Punjab Mental Hospital Lahore 1932-46 - 1932-1946
Year: 1932
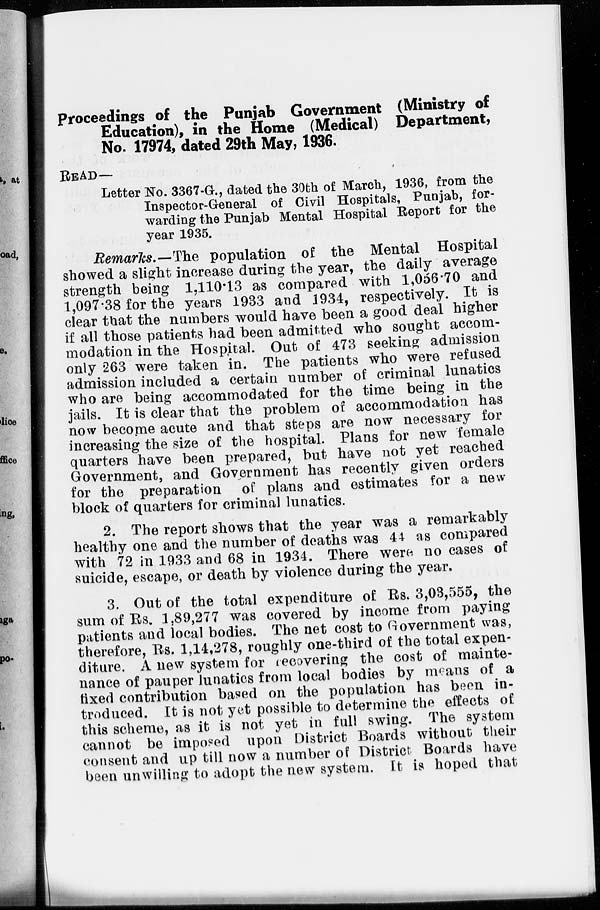
Proceedings of the Punjab Government (Ministry of
Education), in the Home (Medical) Department,
No. 17974, dated 29th May, 1936.
READ—
Letter No. 3367-G., dated the 30th of March, 1936, from the
Inspector-General of Civil Hospitals, Punjab, for-
warding the Punjab Mental Hospital Report for the
year 1935.
Remarks.—The population of the Mental Hospital
showed a slight increase during the year, the daily average
strength being 1,110.13 as compared with 1,056.70 and
1,097.38 for the years 1933 and 1934, respectively. It is
clear that the numbers would have been a good deal higher
if all those patients had been admitted who sought accom-
modation in the Hospital. Out of 473 seeking admission
only 263 were taken in. The patients who were refused
admission included a certain number of criminal lunatics
who are being accommodated for the time being in the
jails. It is clear that the problem of accommodation has
now become acute and that steps are now necessary for
increasing the size of the hospital. Plans for new female
quarters have been prepared, but have not yet reached
Government, and Government has recently given orders
for the preparation of plans and estimates for a new
block of quarters for criminal lunatics.
2. The report shows that the year was a remarkably
healthy one and the number of deaths was 44 as compared
with 72 in 1933 and 68 in 1934. There were no cases of
suicide, escape, or death by violence during the year.
3. Out of the total expenditure of Rs. 3,03,555, the
sum of Rs. 1,89,277 was covered by income from paying
patients and local bodies. The net cost to Government was,
therefore, Rs. 1,14,278, roughly one-third of the total expen-
diture. A new system for recovering the cost of mainte-
nance of pauper lunatics from local bodies by means of a
fixed contribution based on the population has been in-
troduced. It is not yet possible to determine the effects of
this scheme, as it is not yet in full swing. The system
cannot be imposed upon District Boards without their
consent and up till now a number of District Boards have
been unwilling to adopt the new system. It is hoped that